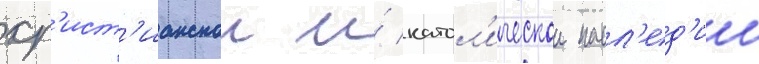
хр'ист'ианскои и́ катол'ическои насл'ед'ии